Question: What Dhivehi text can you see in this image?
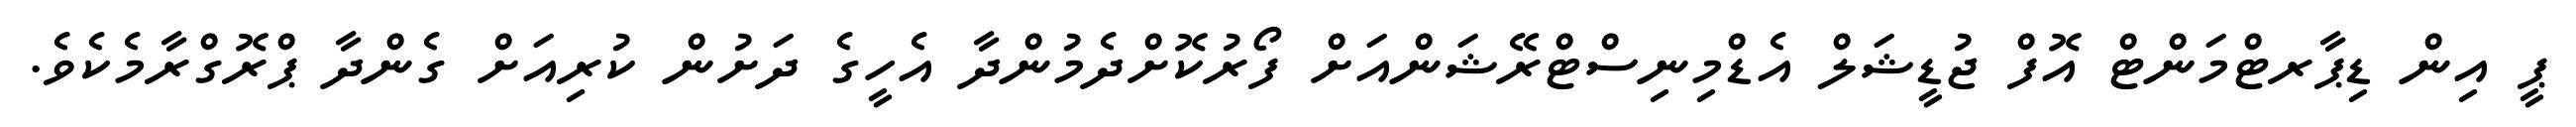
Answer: ޕީ އިން ޑިޕާރޓްމަންޓް އޮފް ޖުޑީޝަލް އެޑްމިނިސްޓްރޭޝަންއަށް ފޯރުކޮށްދެމުންދާ އެހީގެ ދަށުން ކުރިއަށް ގެންދާ ޕްރޮގްރާމެކެވެ.